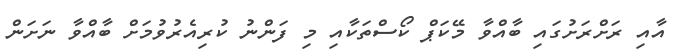
އާއި ރަށްރަަށުގައި ބާއްވާ މޭކަޕް ކޯސްތަކާއި މި ފަންނު ކުރިއެރުވުމަށް ބާއްވާ ނަށަން